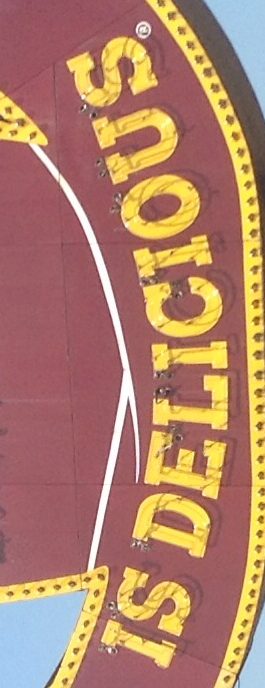
IS DELICIOUS